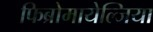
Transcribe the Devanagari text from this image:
फिब्रोमायेल्जिया